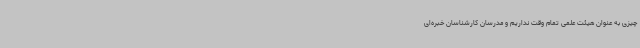
چیزی به عنوان هیئت علمی تمام وقت نداریم و مدرسان کارشناسان خبره‌ای